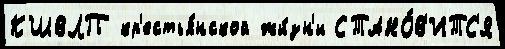
КШВЛП кр'естья́нской жи́зн'и СТАНО́В'ИТС'Я